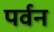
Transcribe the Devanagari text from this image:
पर्वन